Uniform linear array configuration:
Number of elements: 48
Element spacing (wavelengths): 1
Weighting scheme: uniform
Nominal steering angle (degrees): -60
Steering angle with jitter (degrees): -60.151
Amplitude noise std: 0.05
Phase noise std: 0.05

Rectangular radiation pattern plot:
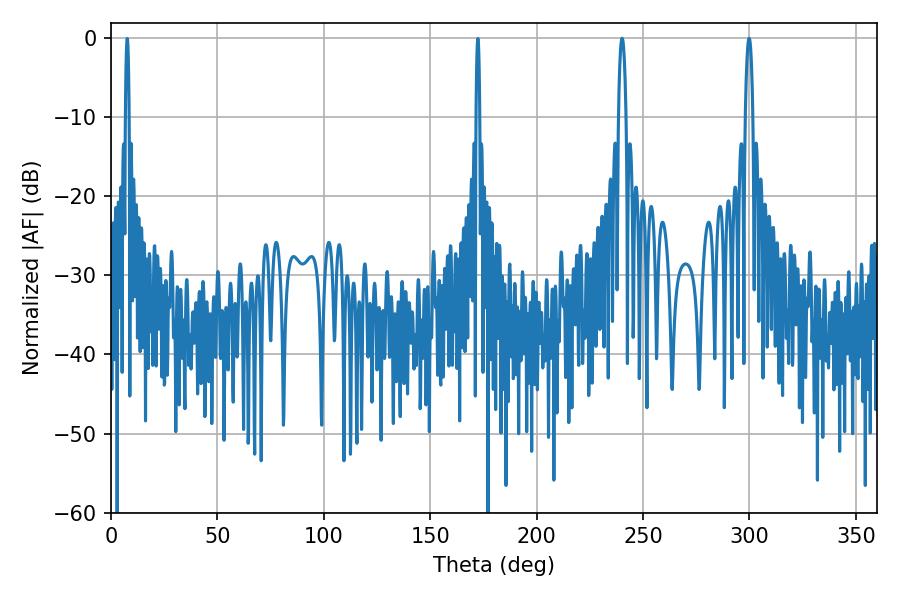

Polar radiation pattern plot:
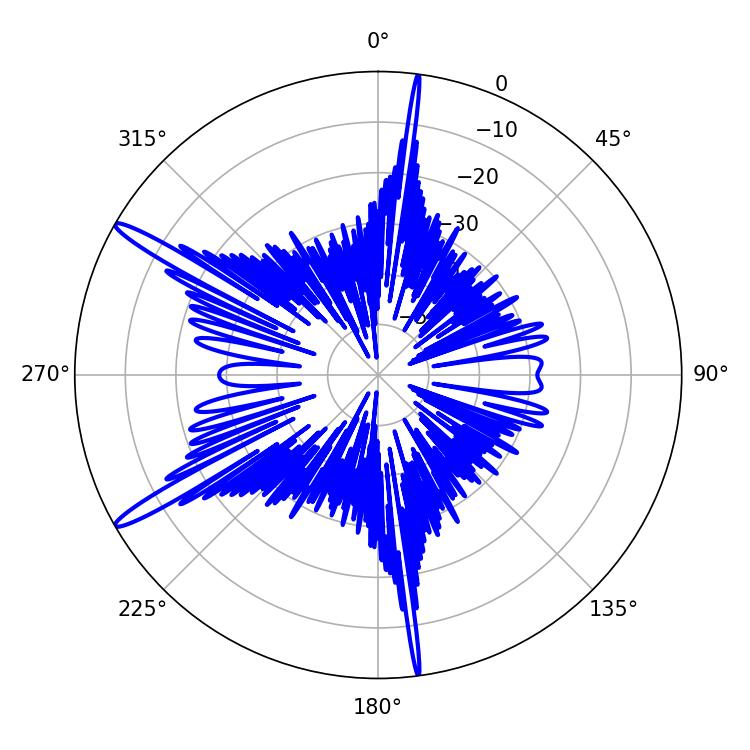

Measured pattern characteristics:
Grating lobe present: TRUE
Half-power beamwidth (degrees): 1.98
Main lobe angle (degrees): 240.12